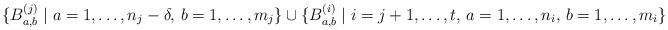
LaTeX: \begin{align*} \{B_{a,b}^{(j)}\mid a=1,\ldots,n_j-\delta,\,b=1,\ldots,m_j\}\cup\{B_{a,b}^{(i)}\mid i=j+1,\ldots,t,\,a=1,\ldots,n_i,\,b=1,\ldots,m_i\}\end{align*}